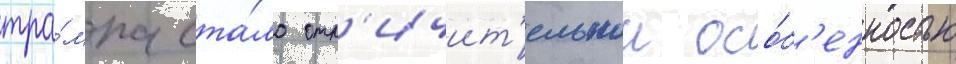
тра́мпа ста́ло отл'ичит'ельнои осо́б'енностью